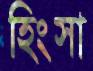
হিংসা